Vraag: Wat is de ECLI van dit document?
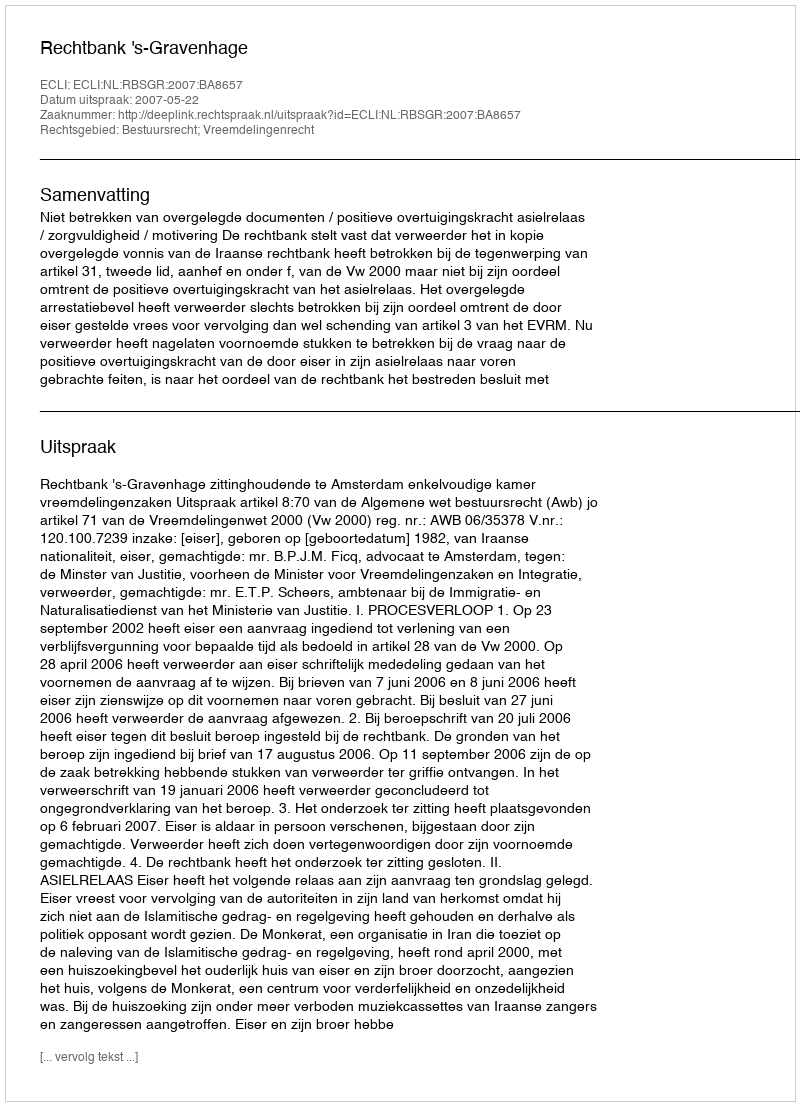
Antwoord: ECLI:NL:RBSGR:2007:BA8657